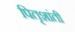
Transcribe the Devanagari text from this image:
पितृशांती